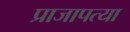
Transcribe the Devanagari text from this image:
प्राजापत्या